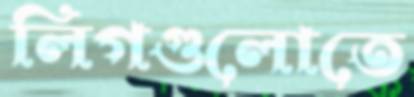
লিগগুলোতে